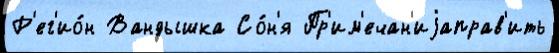
Р'ег'ио́н Вандышка Со́н'я Пр'им'ечан'иjаправ'ить